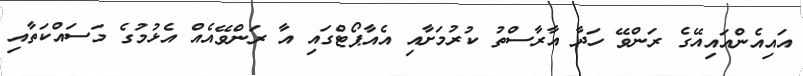
އައިއެންއައިއޭގެ ރަންވޭ ހަދާ އާރާސްތު ކުރުމަށާއި އެއާޕޯޓްގައި އާ ރަންވޭއެއް އެޅުމުގެ މަސައްކަތާއި